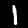
Label: 1